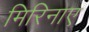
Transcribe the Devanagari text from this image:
मिरिनाए